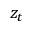
z _ { t }